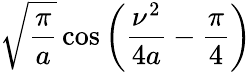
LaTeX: {\sqrt{\frac{\pi}{a}}}\cos\left({\frac{\nu^{2}}{4a}}-{\frac{\pi}{4}}\right)